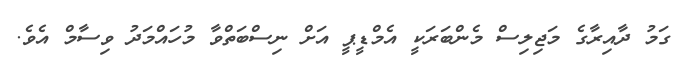
ގަމު ދާއިރާގެ މަޖިލިސް މެންބަރަކީ އެމްޑީޕީ އަށް ނިސްބަތްވާ މުހައްމަދު ވިސާމް އެވެ.